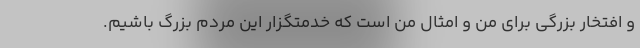
و افتخار بزرگی برای من و امثال من است که خدمتگزار این مردم بزرگ باشیم.